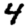
Digit: 4